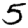
Digit: 5